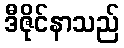
ဒီဇိုင်နာသည်